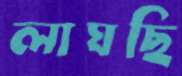
লাঘছি